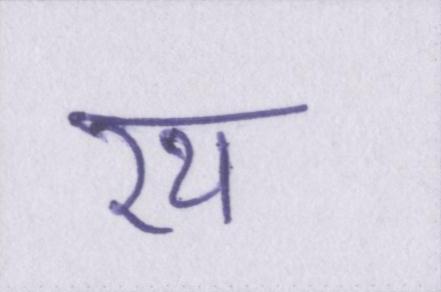
रथ